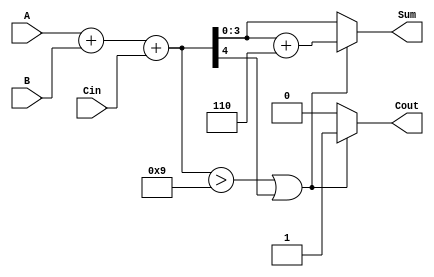
module BCD_Adder (
    input  wire [3:0] A,     // First BCD digit (0 to 9)
    input  wire [3:0] B,     // Second BCD digit (0 to 9)
    input  wire Cin,         // Carry input
    output reg  [3:0] Sum,   // Resulting BCD digit
    output reg  Cout         // Carry output
);

    wire [4:0] binary_sum;   // 5-bit to hold the binary sum
    wire correction_needed;    // Flag to indicate if correction is needed

    // Step 1: Perform binary addition
    assign binary_sum = A + B + Cin;

    // Step 2: Check if correction is needed
    assign correction_needed = (binary_sum > 5'd9) || (binary_sum[4]);

    // Step 3: Perform BCD correction if needed
    always @(*) begin
        if (correction_needed) begin
            Sum = binary_sum[3:0] + 4'd6; // Add 6 for BCD correction
            Cout = 1;                     // Set carry out
        end else begin
            Sum = binary_sum[3:0];        // No correction needed
            Cout = 0;                     // No carry out
        end
    end

endmodule